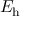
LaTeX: E _ { \mathrm { h } }